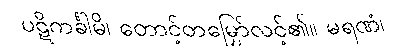
ပဋိကင်္ခါမိ၊ တောင့်တမြှော်လင့်၏။ မရဏံ၊